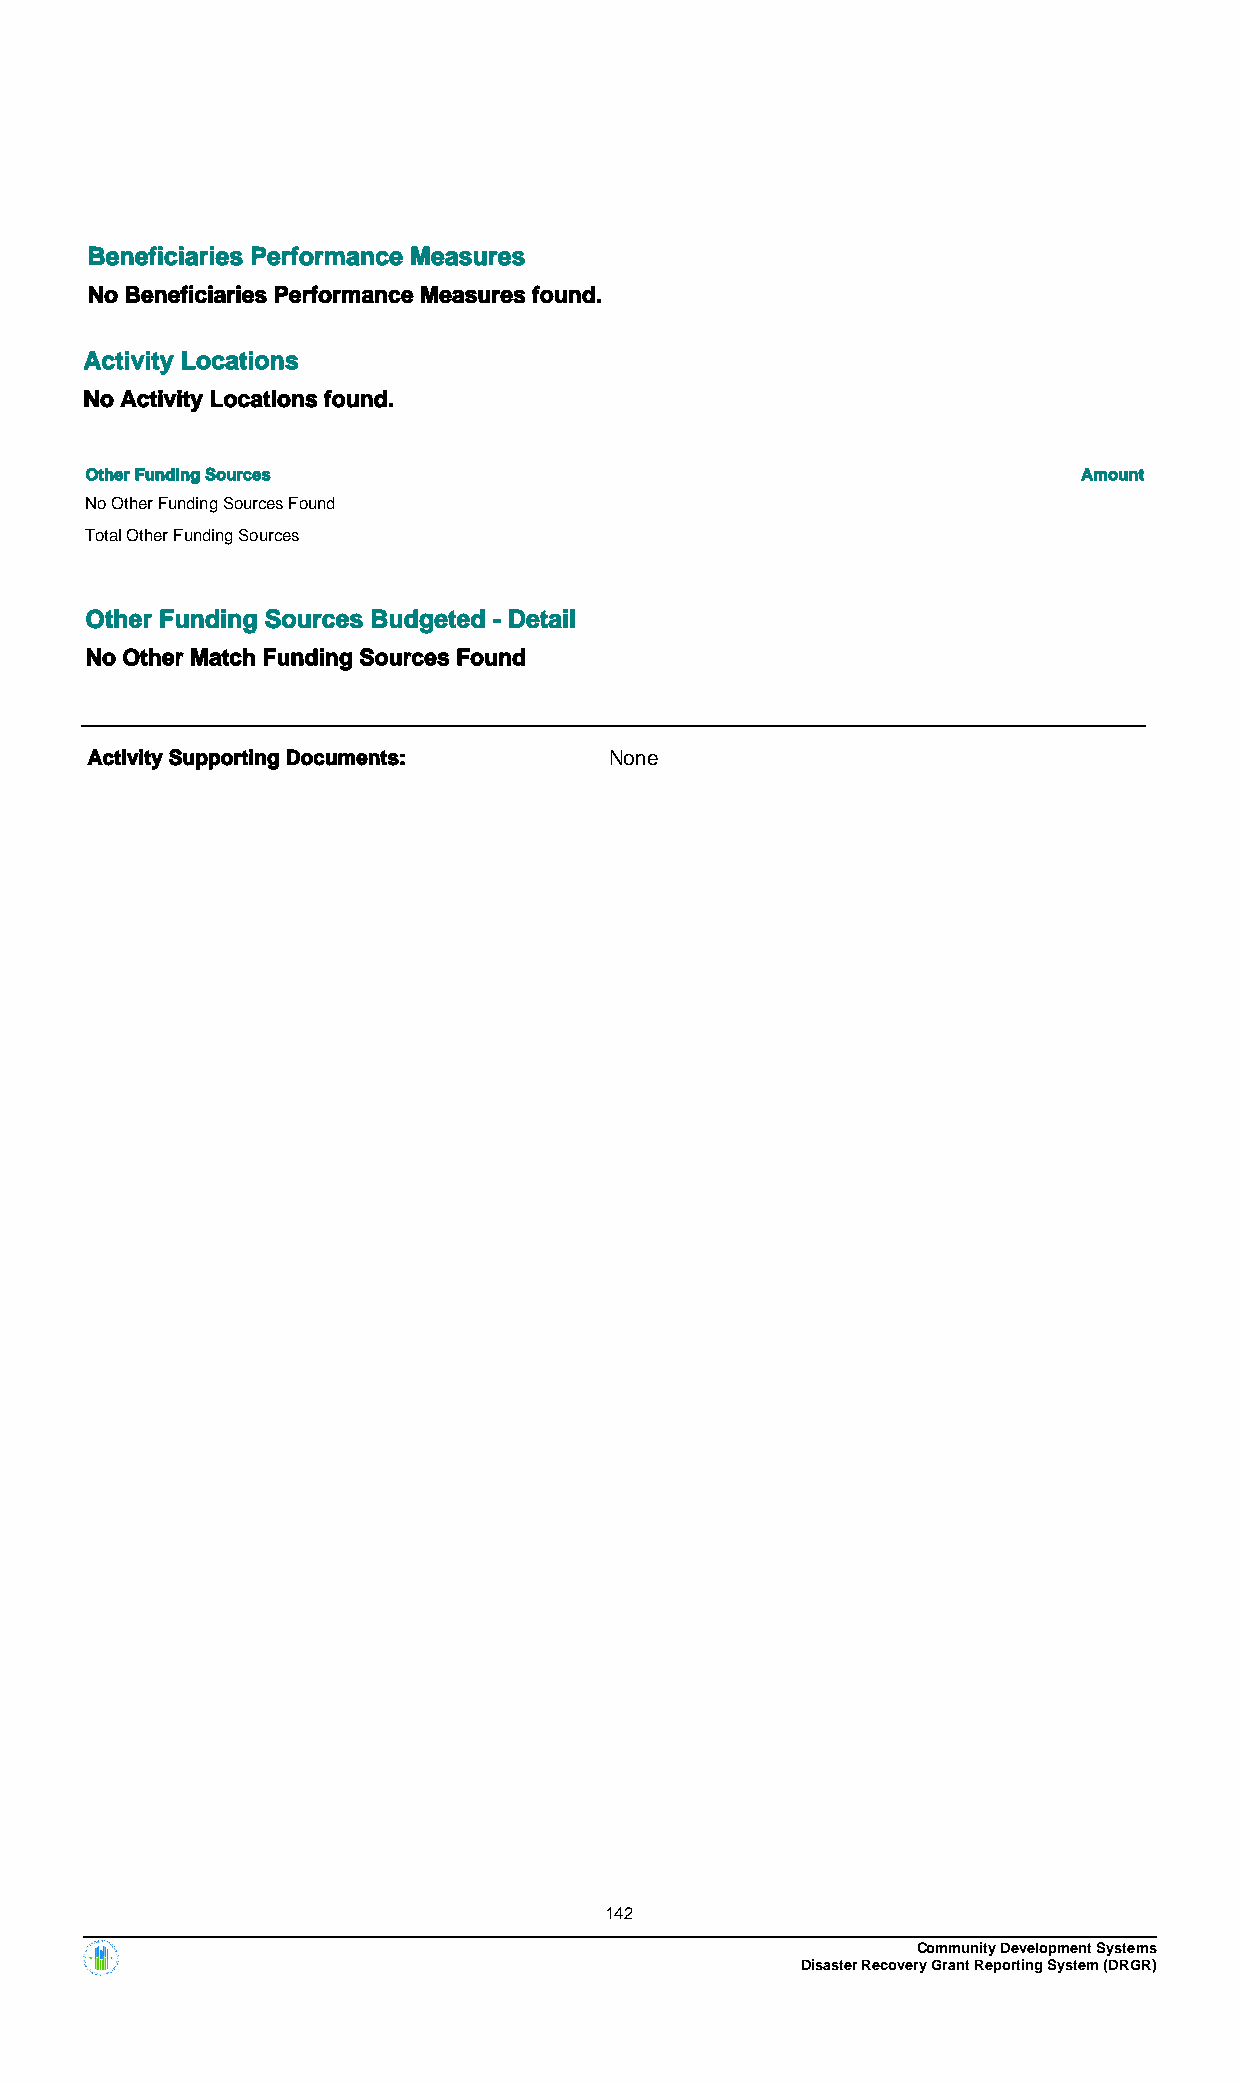
Beneficiaries Performance Measures
 No Beneficiaries Performance Measures found.
 Activity Locations
 No Activity Locations found.
 Other Funding Sources                                             Amount
 No Other Funding Sources Found
 Total Other Funding Sources
 Other Funding Sources Budgeted - Detail
 No Other Match Funding Sources Found
 Activity Supporting Documents:    None
 142
 Community Development Systems
 Disaster Recovery Grant Reporting System (DRGR)